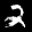
Label: 2